画像に写った文字を読んでください
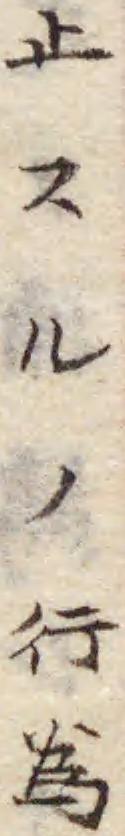
「止スルノ行爲」と書いてあります